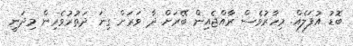
ބޮޑު އުފަލެއް. މިހާރުވެސް ރާއްޖެއިން ބޭރަށް ދާ ވަރަށް ގިނަ ދަތުރުވެރިން މިދަނީ